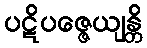
ပဋိပဇ္ဇေယျန္တိ